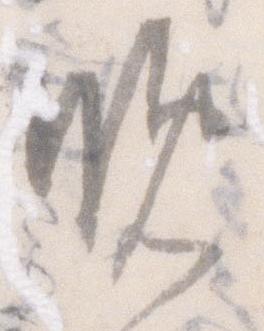
晩